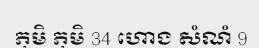
ភូមិ ភូមិ 34 ហោង សំណំ 9